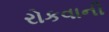
રોકવાની